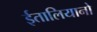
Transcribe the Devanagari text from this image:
ईतालियानो